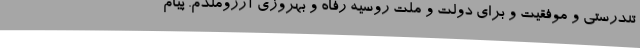
تندرستی و موفقیت و برای دولت و ملت روسیه رفاه و بهروزی آرزومندم. پیام